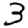
Digit: 3